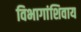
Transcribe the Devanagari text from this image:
विभागांशिवाय